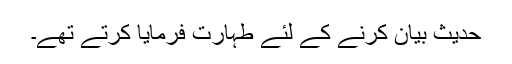
حدیث بیان کرنے کے لئے طہارت فرمایا کرتے تھے۔